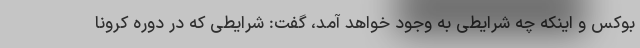
بوکس و اینکه چه شرایطی به وجود خواهد آمد، گفت: شرایطی که در دوره کرونا